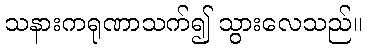
သနားကရုဏာသက်၍ သွားလေသည်။